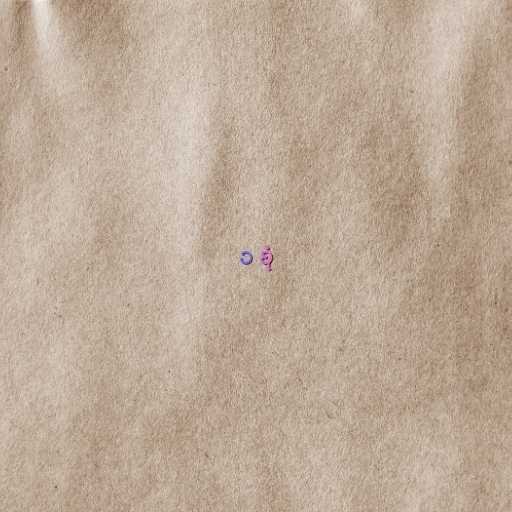
၁ စုံ